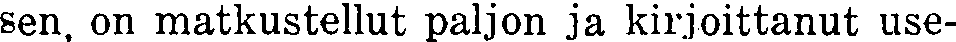
sen, on matkustellut paljon ja kirjoittanut use-